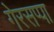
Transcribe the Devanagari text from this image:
गेरसप्पा